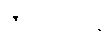
ဇာတိမဒေန